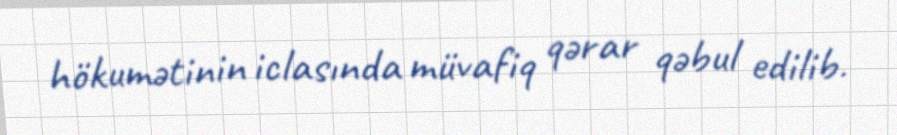
hökumətinin iclasında müvafiq qərar qəbul edilib.